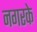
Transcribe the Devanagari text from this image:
नगरके